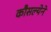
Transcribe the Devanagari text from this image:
कौसल्येने